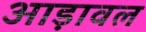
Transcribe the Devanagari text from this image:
आड़ावल